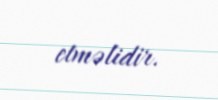
etməlidir.